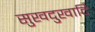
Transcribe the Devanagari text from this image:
सुखदुखादि